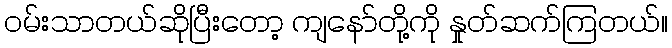
ဝမ်းသာတယ်ဆိုပြီးတော့ ကျနော်တို့ကို နှုတ်ဆက်ကြတယ်။